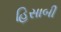
હિસાબી